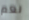
نعم